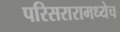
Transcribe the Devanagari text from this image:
परिसरारामध्येच